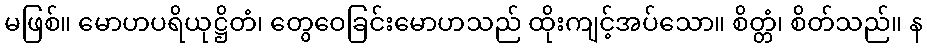
မဖြစ်။ မောဟပရိယုဋ္ဌိတံ၊ တွေဝေခြင်းမောဟသည် ထိုးကျင့်အပ်သော။ စိတ္တံ၊ စိတ်သည်။ န